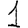
Digit: 1